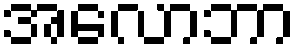
အလောဘာ